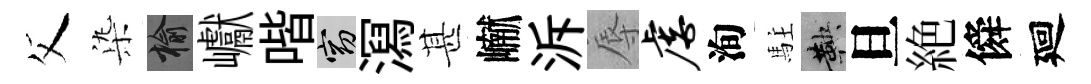
父𣑱榆巘喈窈㵼甚𪩘泝辱虐洵駐鞅旦絶僢廻